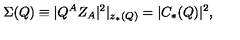
\Sigma ( Q ) \equiv | Q ^ { A } Z _ { A } | ^ { 2 } | _ { z _ { * } ( Q ) } = | C _ { * } ( Q ) | ^ { 2 } ,